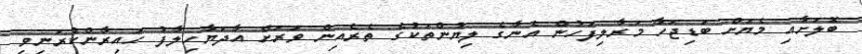
ބޮލަށާއި މެޔަށް ބަޑިޖަހާ މަރާލިފަހުން އެނާގެ ލިޔުންތަކުގެ ތެރެއިން ވަރަށް އާދަޔާހިލާފު ހައިރާންކުރަނިވި